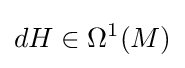
dH\in \Omega ^{1}(M)